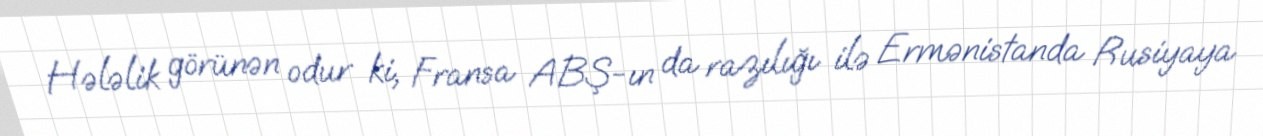
Hələlik görünən odur ki, Fransa ABŞ-ın da razılığı ilə Ermənistanda Rusiyaya